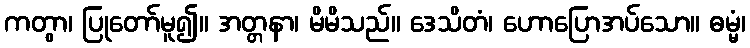
ကတွာ၊ ပြုတော်မူ၍။ အတ္တနာ၊ မိမိသည်။ ဒေသိတံ၊ ဟောပြောအပ်သော။ ဓမ္မံ၊